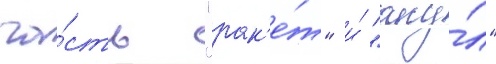
ча́сть "рак'е́т" и́ "аку́л"